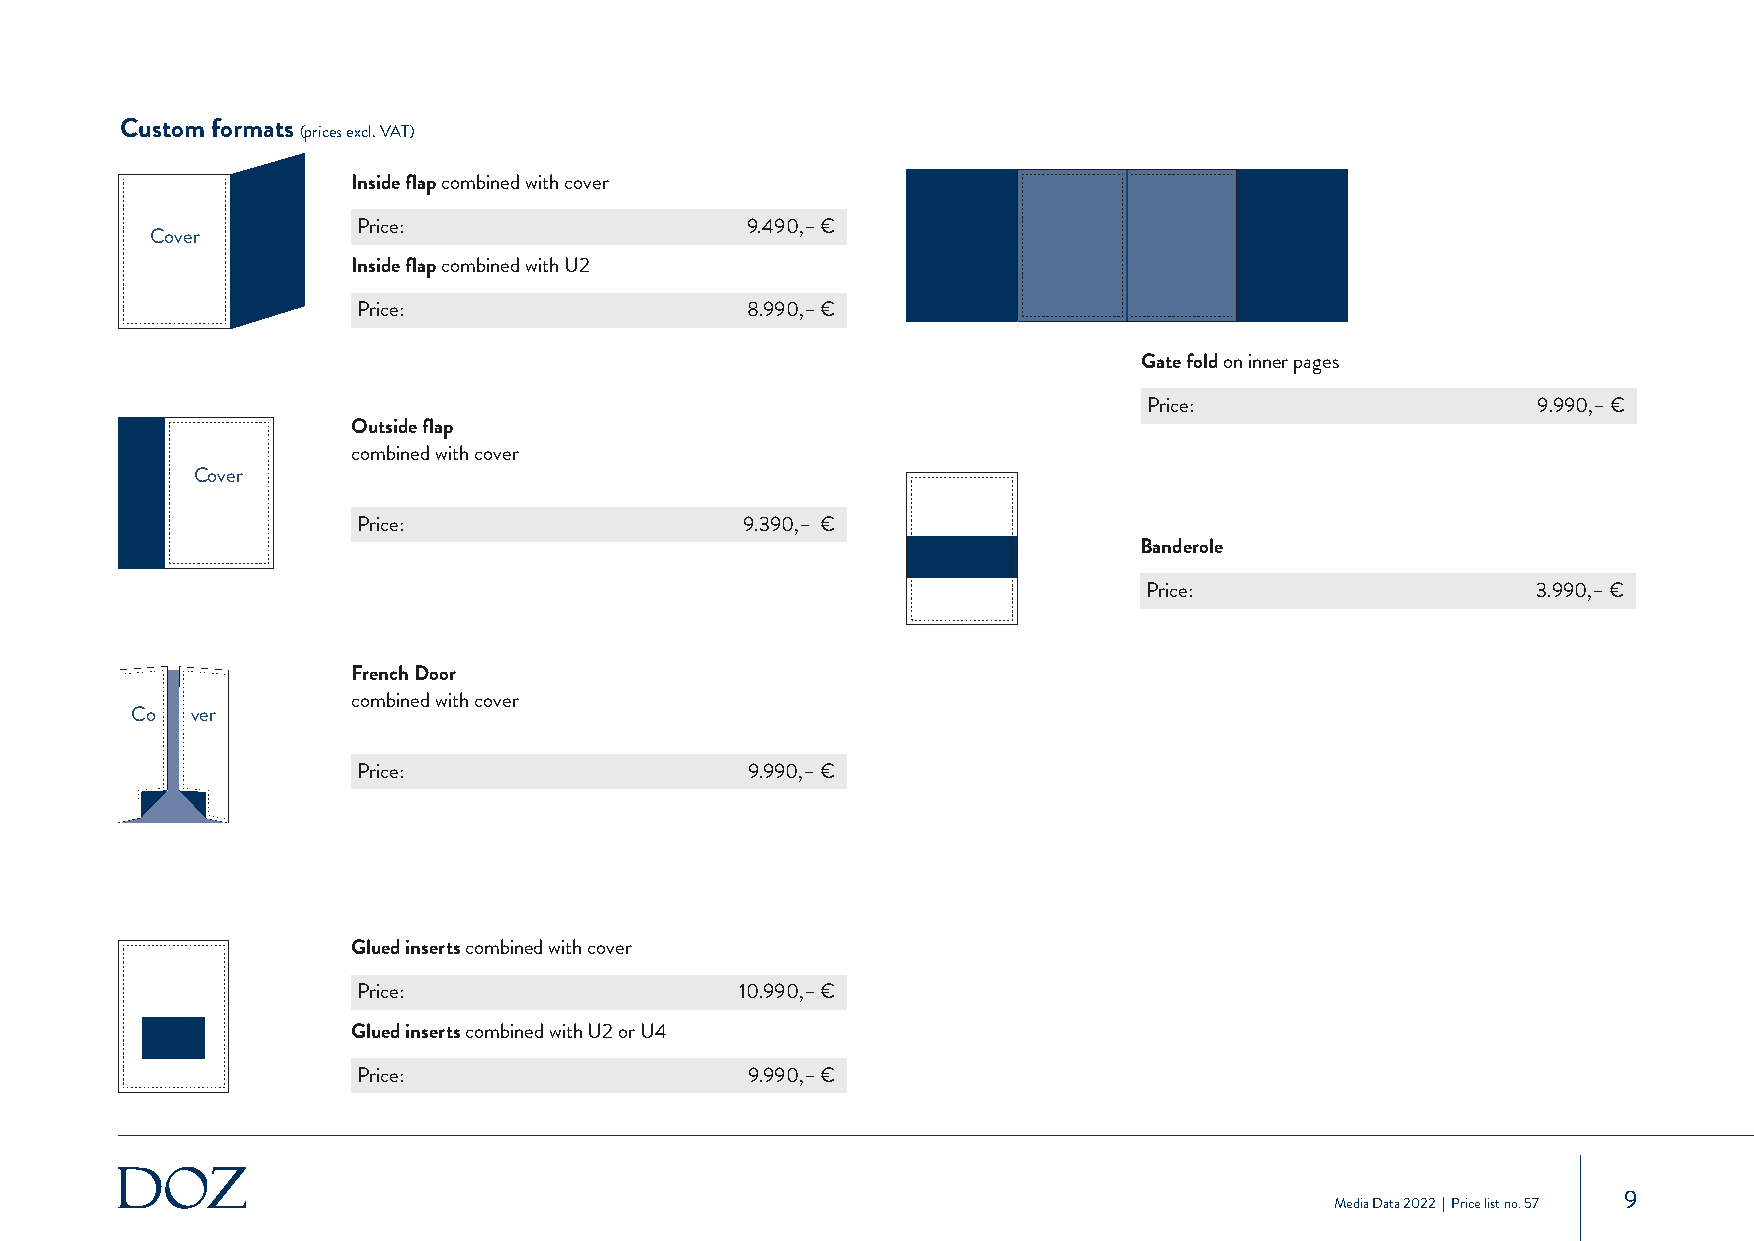
Custom formats (prices excl. VAT)
 Inside flap combined with cover
 TiCteolsveeirte Price:                  9.490,– €
 Inside flap combined with U2
 Price:                   8.990,– €
 Gate fold on inner pages
 Price:                    9.990,– €
 Outside flap
 combined with cover
 Titelseite
 Cover
 Price:                   9.390,– €
 Banderole
 Price:                    3.990,– €
 French Door
 combined with cover
 TCitoel sveeitre
 Price:                   9.990,– €
 Glued inserts combined with cover
 Price:                   10.990,– €
 Glued inserts combined with U2 or U4
 Price:                   9.990,– €
 9
 Media Data 2022 | Price list no. 57